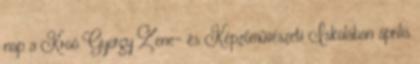
nap a Kroó György Zene- és Képzőművészeti Iskolában április